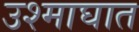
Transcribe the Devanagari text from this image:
उश्माघात